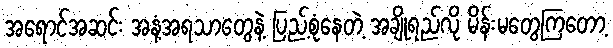
အရောင်အဆင်း အနံ့အရသာတွေနဲ့ ပြည့်စုံနေတဲ့ အချိုရည်လို မိန်းမတွေကြတော့